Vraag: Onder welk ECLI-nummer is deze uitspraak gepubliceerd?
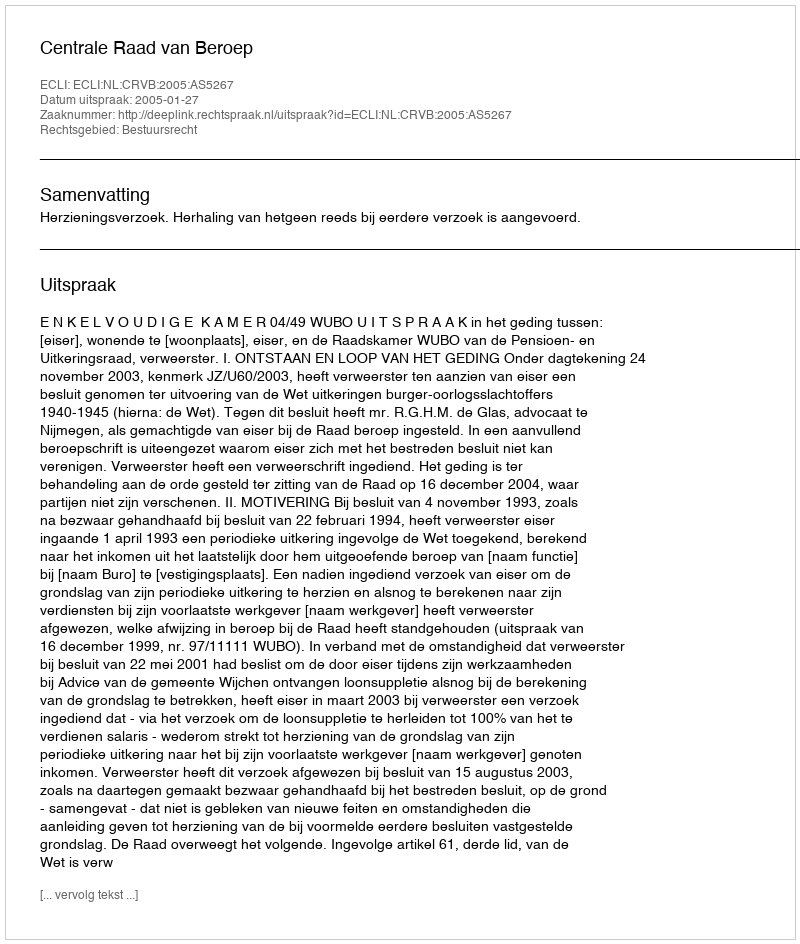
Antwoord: ECLI:NL:CRVB:2005:AS5267